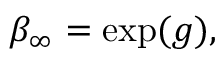
\beta _ { \infty } = \exp ( g ) ,